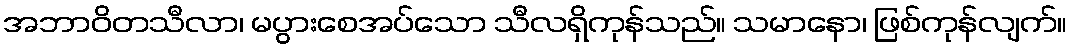
အဘာဝိတသီလာ၊ မပွားစေအပ်သော သီလရှိကုန်သည်။ သမာနော၊ ဖြစ်ကုန်လျက်။